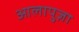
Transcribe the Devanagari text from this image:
आलापुज़ा